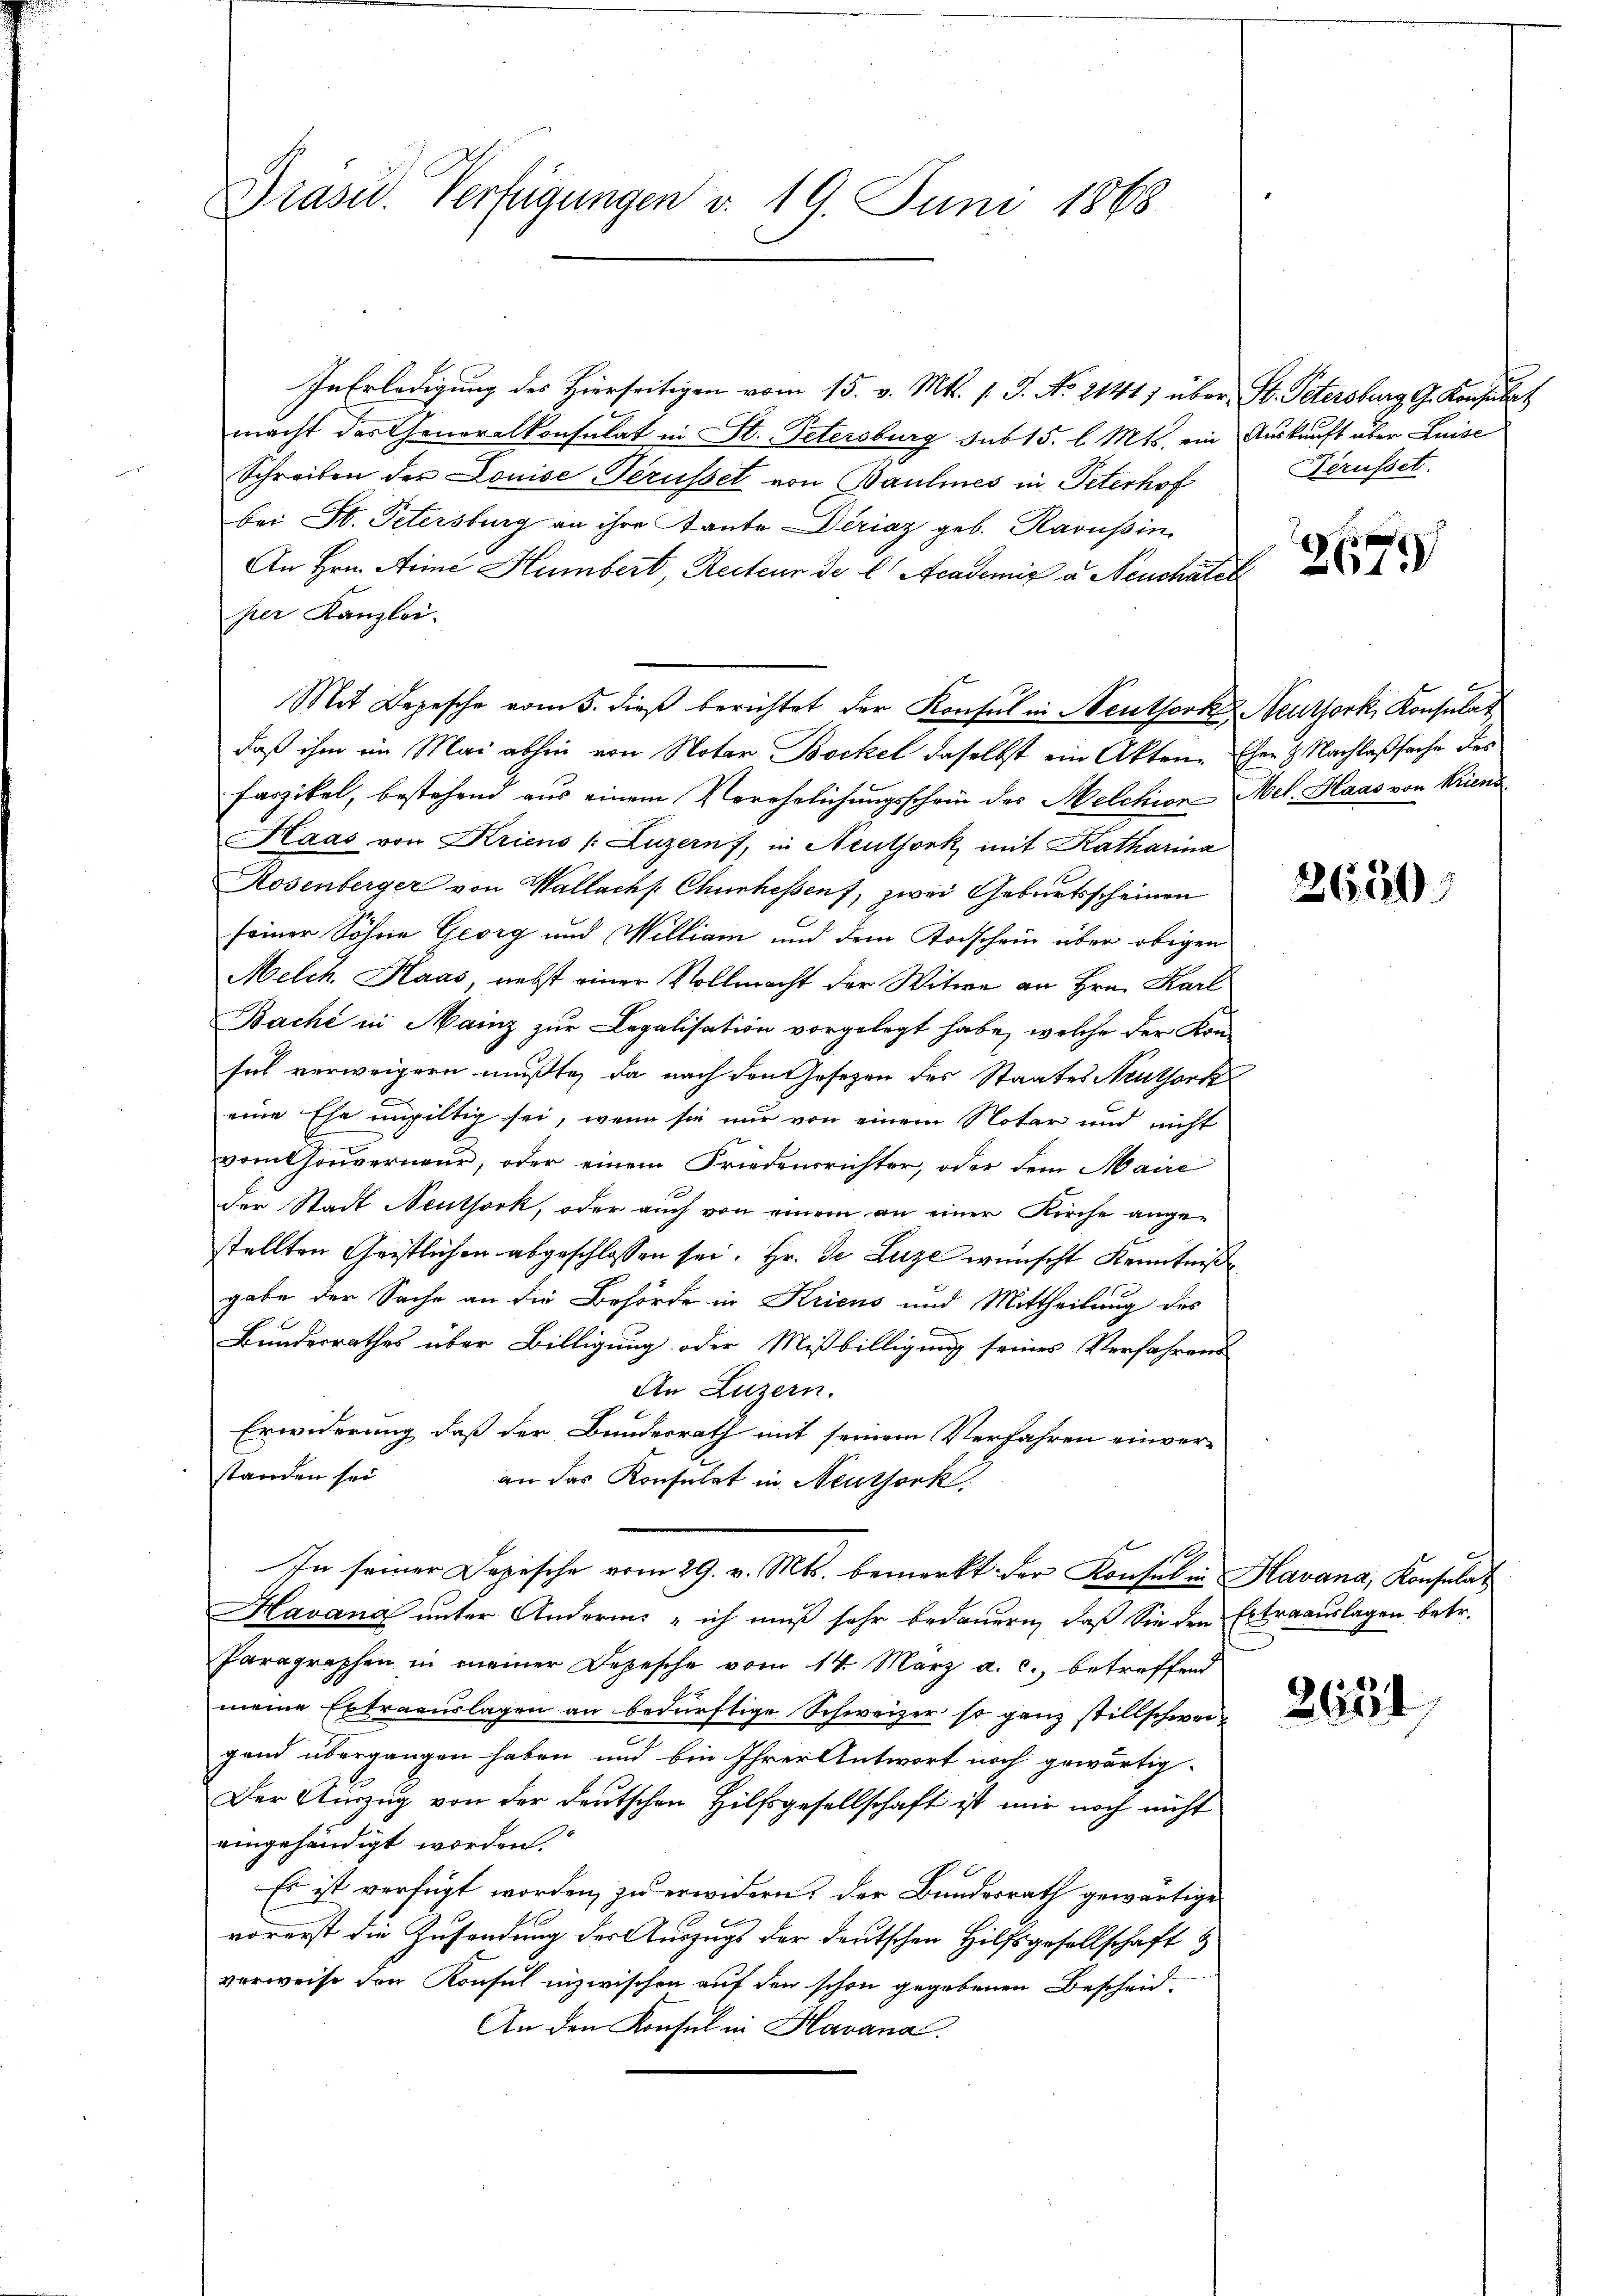
Präsid. Verfügungen v. 19. Juni 1868

InErledigung des Hierseitigen vom 15. v. Mts. (T. No. 2141) über St. Petersburg G. Konsulat
macht das Generalkonsulat in St. Petersburg sub 15. l. Mts. ein Auskauft über Luise
Schreiben der Louise Gerüssel von Baulines in Peterhof
bei St. Petersburg an ihre Tante Diriaz geb. Ravussin,
An Hrn. Arme Humbert, Recteur de l. Academie a. Neuchâtel
per Kanzlei.
Mit Depesche vom 5. dieβ berichtet der Konsul in Neuthork Neuthork, Konsulat
daß ihm im Mai abhin von Notar Bockel daselbst ein Akten Ehen & Nachlaßsache des
Faszikel, bestehend aus einem Verehelichungsschein des Melchion Mel. Haas von Kriend
Kaas von Kriens (Luzern, in Neuthork, mit Katharina
Rosenberger von Wallachs Churhessens, zwei Geburtsscheinen
seiner Söhne Georg und William und dem Todschein über obigen
Melch. Haas, nebst einer Vollmacht der Witwe an Hrn. Karl
Bache in Mainz zur Legalisation vorgelegt habe, welche der Kon-
sich verweigern mußte, da nach den Gesetzen des Staates Neuthork
eine Ehe ungültig sei, wenn sie nur von einem Notar und nicht
vomthouverneur, oder einem Friedensrichter, oder dem Maire
Der Stadt Neuthork, oder auch von einem an einer Kirche angestellten Geistlichen abgeschlossen sei. Hr. Je Luze wünscht Kenntniß
gabe der Sache an die Behörde in Kriens und Mittheilung des
Bundesrathes über Billigung oder Mißbilligung seines Verfahrens
An Luzern.
Erwiderung daß der Bundesrath mit seinem Verfahren einverstanden sei.
an das Konsulat in Neuthork
1
In seiner Depesche vom 29. v. Mts. bemerkt der Konsul in Havana, Konsulat
Mavana ŭnter Andern - ich muß sehr bedauern, daß Sie den Extraaŭslagen betr.
Paragraphen in meiner Depesche vom 14. März a. c., betreffend
meine Extraaŭslagen an bedürftige Schweizer so ganz stillschweigand übergangen haben und bin Ihrer Antwort noch gewärtig
Der Auszug von der deutschen Hilfsgesellschaft ist mir noch nicht
eingehändigt worden.
Es ist verfügt worden, zu erwidern, der Bundesrath gewärtige
vorerst die Zusendung der Auszugs der deutschen Hilfsgesellschaft &
verweise den Konsul inzwischen auf den schon gegebenen Bescheid¬
An den Konsul in Havana

Berufset.

269

2650

2651